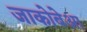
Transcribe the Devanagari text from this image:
जाकोबेआ